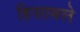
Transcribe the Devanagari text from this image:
हिसाबले